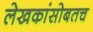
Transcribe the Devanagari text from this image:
लेखकांसोबतच